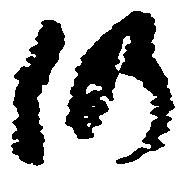
仍